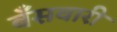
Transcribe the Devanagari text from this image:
बँसवारी